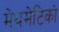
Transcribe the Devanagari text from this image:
मेथमेटिको